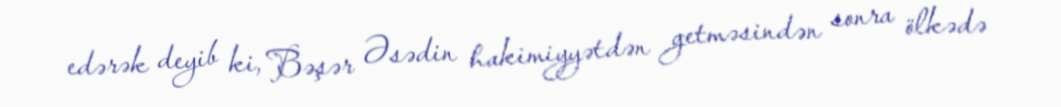
edərək deyib ki, Bəşər Əsədin hakimiyyətdən getməsindən sonra ölkədə